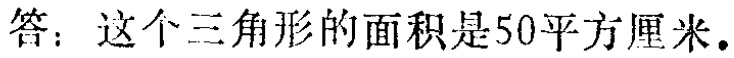
答：这个三角形的面积是50平方厘米.